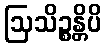
ဩသိဉ္စန္တိပိ